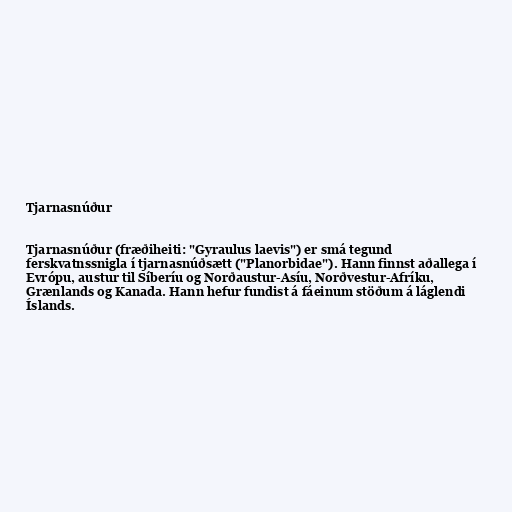
Tjarnasnúður

Tjarnasnúður (fræðiheiti: "Gyraulus laevis") er smá tegund
ferskvatnssnigla í tjarnasnúðsætt ("Planorbidae"). Hann finnst aðallega í
Evrópu, austur til Síberíu og Norðaustur-Asíu, Norðvestur-Afríku,
Grænlands og Kanada. Hann hefur fundist á fáeinum stöðum á láglendi
Íslands.